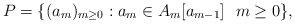
\begin{align*}P=\{(a_m)_{m\ge 0}: a_{m}\in A_{m}[a_{m-1}] \ \ m\ge 0\},\end{align*}